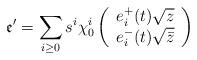
LaTeX: \begin{align*}\mathfrak{e}'=\sum_{i\geq 0} s^i\chi_0^i\left(\begin{array}{c}e_i^+(t) \sqrt{z} \\ e_i^-(t) \sqrt{\bar{z}}\end{array}\right)\end{align*}